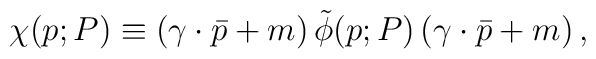
\chi(p; P) \equiv \left(\gamma \cdot \bar{p} + m \right) \tilde{\phi}(p; P) \left(\gamma \cdot \bar{p} + m \right),